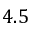
4 . 5